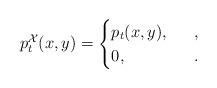
LaTeX: \begin{align*}p^{\mathcal{X}}_t(x,y)=\begin{cases}p_t(x,y), \ \ &,\\0, \ \ &.\end{cases}\end{align*}